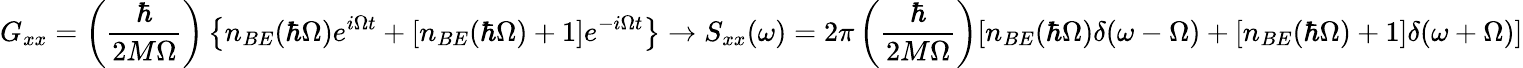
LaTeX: G_{xx}=\left({\frac{\hbar}{2M\Omega}}\right)\left\{ n_{BE}(\hbar\Omega)e^{i\Omega t}+[n_{BE}(\hbar\Omega)+1]e^{-i\Omega t}\right\} \to S_{xx}(\omega)=2\pi\left({\frac{\hbar}{2M\Omega}}\right)[n_{BE}(\hbar\Omega)\delta(\omega-\Omega)+[n_{BE}(\hbar\Omega)+1]\delta(\omega+\Omega)]